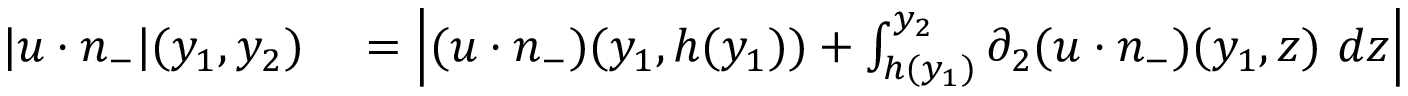
\begin{array} { r l } { | u \cdot n _ { - } | ( y _ { 1 } , y _ { 2 } ) } & { { } = \left| ( u \cdot n _ { - } ) ( y _ { 1 } , h ( y _ { 1 } ) ) + \int _ { h ( y _ { 1 } ) } ^ { y _ { 2 } } \partial _ { 2 } ( u \cdot n _ { - } ) ( y _ { 1 } , z ) \ d z \right| } \end{array}